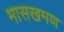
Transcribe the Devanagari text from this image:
मासखमण